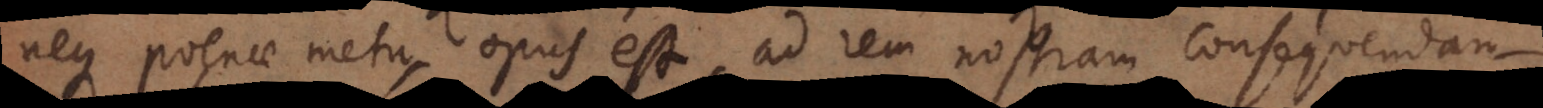
neque poenae metu, opus est, ad rem nostram consequendam